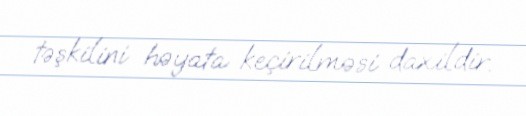
təşkilini həyata keçirilməsi daxildir.